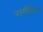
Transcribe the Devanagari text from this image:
रामीरेज़